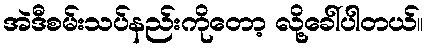
အဲဒီစမ်းသပ်နည်းကိုတော့ လို့ခေါ်ပါတယ်။